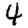
Digit: 4